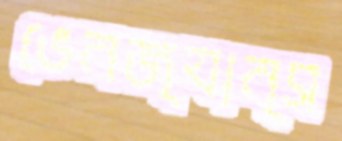
ভেনজ্যান্স